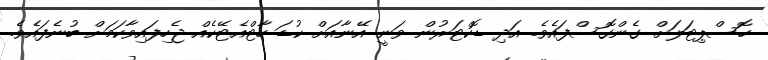
ހޮސްޕިޓަލަށް ގެންގޮސްފައެވެ. އަދި ޑޮކްޓަރުން ވަނީ އޭނާއަށް ކުޑަ ހާޓްއެޓޭކެއް ޖެހިފައިވާކަމަށް ބުނެފައެވެ.